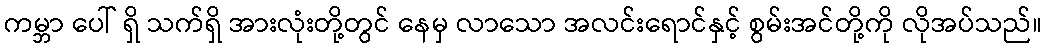
ကမ္ဘာ ပေါ် ရှိ သက်ရှိ အားလုံးတို့တွင် နေမှ လာသော အလင်းရောင်နှင့် စွမ်းအင်တို့ကို လိုအပ်သည်။